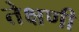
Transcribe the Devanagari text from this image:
तेक्षणी